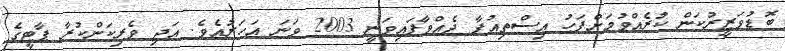
ބޮޑުވަޒީރުކަން ކުރެއްވުމަށްފަހު އިސްތިއުފާ ދެއްވާފައިވަނީ 2003 ވަނަ އަހަރުއެވެ. އަދި ވެރިކަންކުރާ ޕާޓީގެ